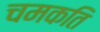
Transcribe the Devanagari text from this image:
चमकति